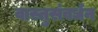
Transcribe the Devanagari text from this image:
वास्तुसंवर्धन